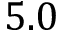
5 . 0